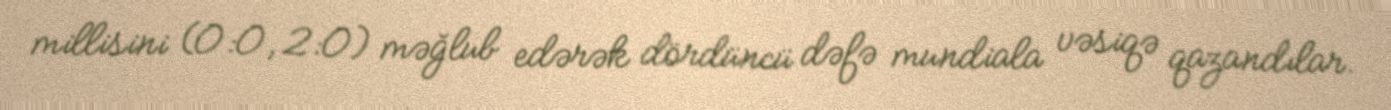
millisini (0:0, 2:0) məğlub edərək dördüncü dəfə mundiala vəsiqə qazandılar.